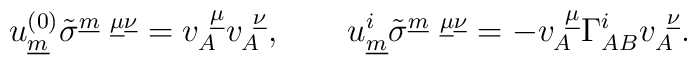
u^{(0)}_{\underline{m}}\tilde{\sigma}^{\underline{m}~\underline{\mu}\underline{\nu}}= v^{~\underline{\mu}}_{A}v_{A}^{~\underline{\nu}},\qquad u^{i}_{\underline{m}}\tilde{\sigma}^{\underline{m}~\underline{\mu}\underline{\nu}}= - v^{~\underline{\mu}}_{A} \Gamma^i_{AB}v_{A}^{~\underline{\nu}}.